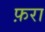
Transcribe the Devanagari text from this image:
फ़रा